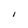
Character: I